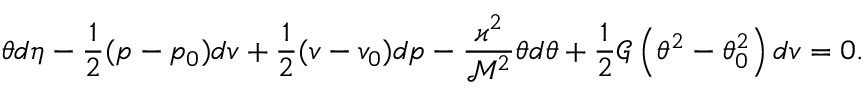
\theta d \eta - \frac { 1 } { 2 } ( p - p _ { 0 } ) d v + \frac { 1 } { 2 } ( v - v _ { 0 } ) d p - \frac { \varkappa ^ { 2 } } { \mathcal { M } ^ { 2 } } \theta d \theta + \frac { 1 } { 2 } \mathcal { G } \left( \theta ^ { 2 } - \theta _ { 0 } ^ { 2 } \right) d v = 0 .